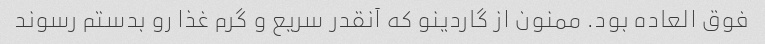
فوق العاده بود. ممنون از گاردینو که آنقدر سریع و گرم غذا رو بدستم رسوند